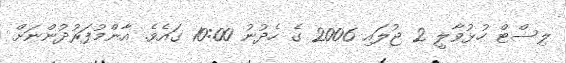
ލިސްޓް ހުޅުވާލީ 2 ޖުލައި 2006 ގެ ހެދުނު 10:00 ގައެވެ. އާންމުފަރުދުންނަށް